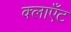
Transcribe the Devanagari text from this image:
क्लाएँट